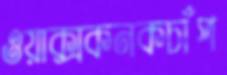
ওয়াক্সকনকচাঁপ